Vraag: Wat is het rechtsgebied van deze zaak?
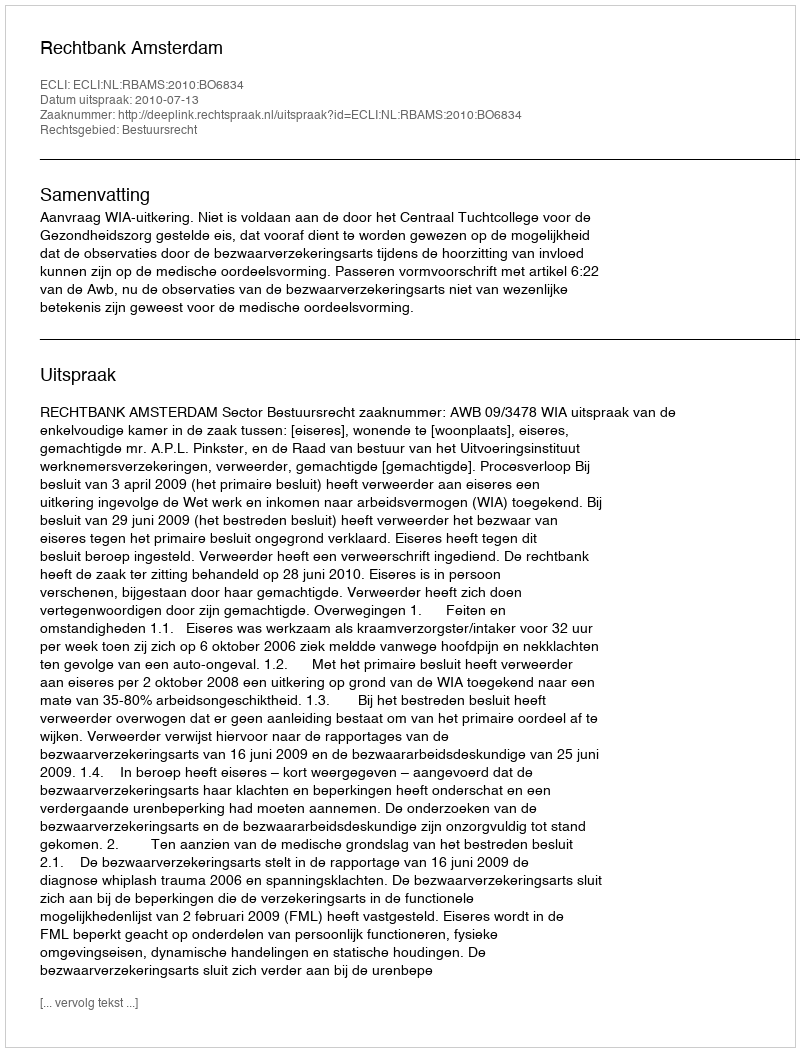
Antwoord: Bestuursrecht